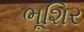
ભૂશિર